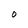
Character: O